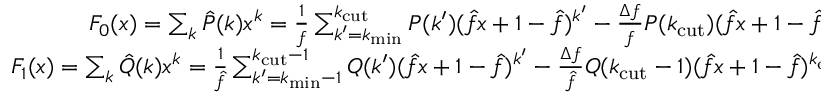
\begin{array} { r } { F _ { 0 } ( x ) = \sum _ { k } \hat { P } ( k ) x ^ { k } = \frac { 1 } { f } \sum _ { k ^ { \prime } = k _ { \mathrm { m i n } } } ^ { k _ { \mathrm { c u t } } } P ( k ^ { \prime } ) ( \hat { f } x + 1 - \hat { f } ) ^ { k ^ { \prime } } - \frac { \Delta f } { f } P ( k _ { \mathrm { c u t } } ) ( \hat { f } x + 1 - \hat { f } ) ^ { k _ { \mathrm { c u t } } } , } \\ { F _ { 1 } ( x ) = \sum _ { k } \hat { Q } ( k ) x ^ { k } = \frac { 1 } { \hat { f } } \sum _ { k ^ { \prime } = k _ { \mathrm { m i n } } - 1 } ^ { k _ { \mathrm { c u t } } - 1 } Q ( k ^ { \prime } ) ( \hat { f } x + 1 - \hat { f } ) ^ { k ^ { \prime } } - \frac { \Delta f } { \hat { f } } Q ( k _ { \mathrm { c u t } } - 1 ) ( \hat { f } x + 1 - \hat { f } ) ^ { k _ { \mathrm { c u t } } - 1 } . } \end{array}